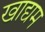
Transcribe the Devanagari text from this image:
खाद्यम